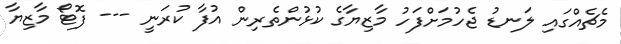
މެޗެއްގައި ލަނޑު ޖެހުމަށްފަހު މާޒިޔާގެ ކުޅުންތެރިން އުފާ ކުރަނީ --- ފޮޓޯ މާޒިޔާ